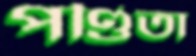
পণ্ডিতা